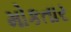
મોકતાર